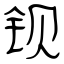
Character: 钡